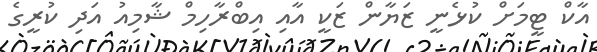
އާކް ޓީމަށް ކުޅެނީ ޒަޔާން ޒަކީ އާއި އިބްރާހިމް ޝާމިއު އަދި ކުރީގެ